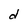
Character: d